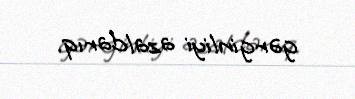
gərginliyi azaldarıq.